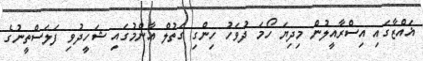
ޣައްޒާގައި އިސްރާއީލުން މިދިޔަ ހޯމަ ދުވަހު ހިންގި ގަތުލް އާންމުގައި ޝަހީދުވި ފަލަސްތީނުގެ